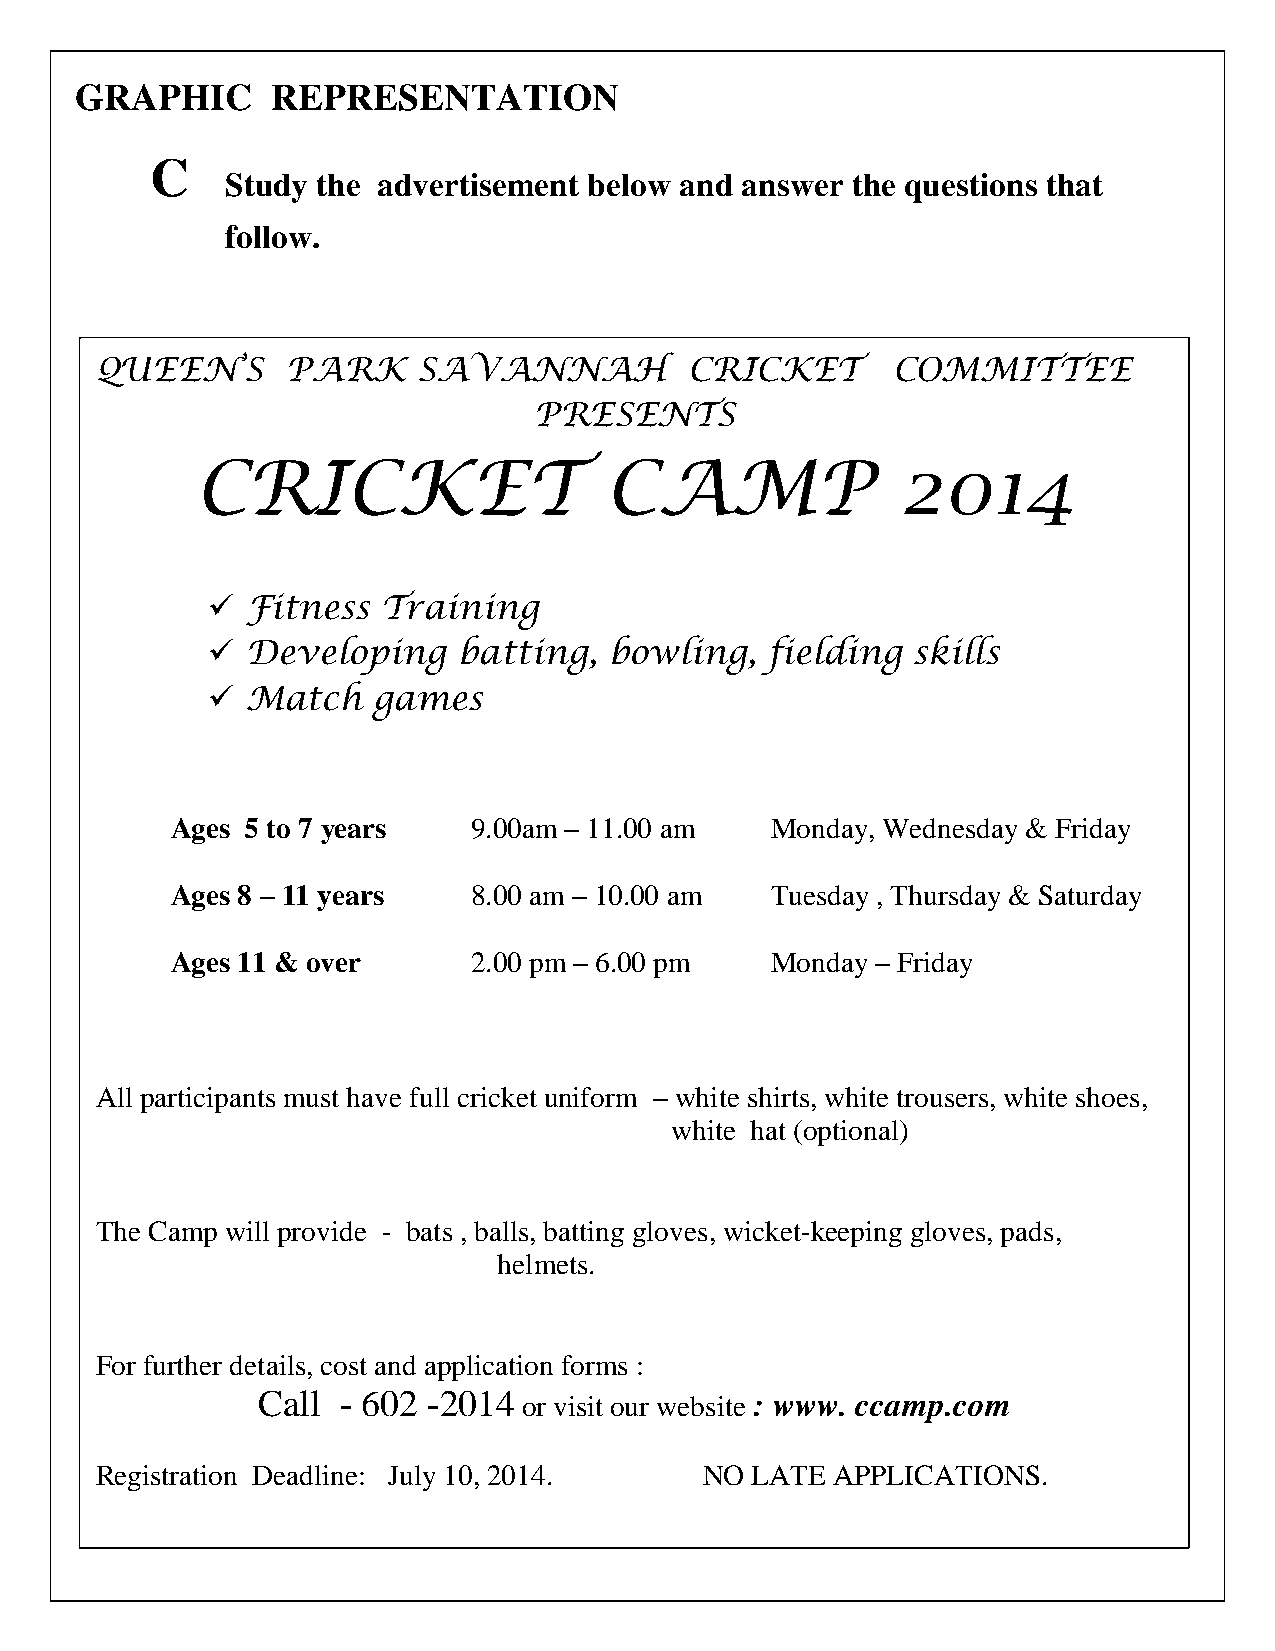
GRAPHIC      REPRESENTATION
 C
 Study the advertisement below and answer the questions that
 follow.
 QUEEN’S      PARK     SAVANNAH          CRICKET      COMMITTEE
 PRESENTS
 CRICKET                    CAMP                2014
  Fitness  Training
  Developing    batting,  bowling,   fielding skills
  Match    games
 Ages 5 to 7 years   9.00am – 11.00 am   Monday, Wednesday & Friday
 Ages 8 – 11 years   8.00 am – 10.00 am  Tuesday , Thursday & Saturday
 Ages 11 & over      2.00 pm – 6.00 pm   Monday – Friday
 All participants must have full cricket uniform – white shirts, white trousers, white shoes,
 white hat (optional)
 The Camp will provide - bats , balls, batting gloves, wicket-keeping gloves, pads,
 helmets.
 For further details, cost and application forms :
 Call - 602 -2014  or visit our website : www. ccamp.com
 Registration Deadline: July 10, 2014.    NO LATE APPLICATIONS.
 231